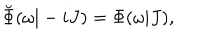
LaTeX: \breve { \Phi } ( \omega | - i J ) = \Phi ( \omega | J ) ,